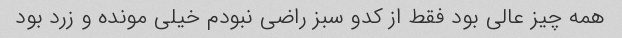
همه چیز عالی بود فقط از کدو سبز راضی نبودم خیلی مونده و زرد بود